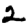
Digit: 2